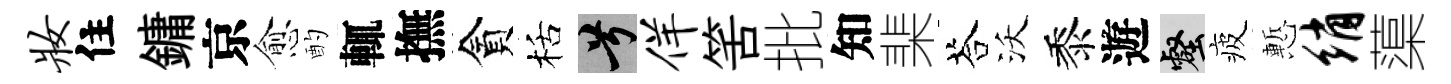
妆住鏞京愈酌輒撫貪栝兮佯筈批知棐荅沃黍遊壑疲慙绡蕖